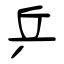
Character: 乒